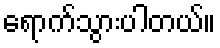
ရောက်သွားပါတယ်။